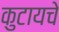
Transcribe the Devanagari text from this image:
कुटायचे